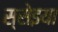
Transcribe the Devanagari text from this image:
स्सेइया